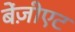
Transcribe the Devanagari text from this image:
बेंज़ीएट